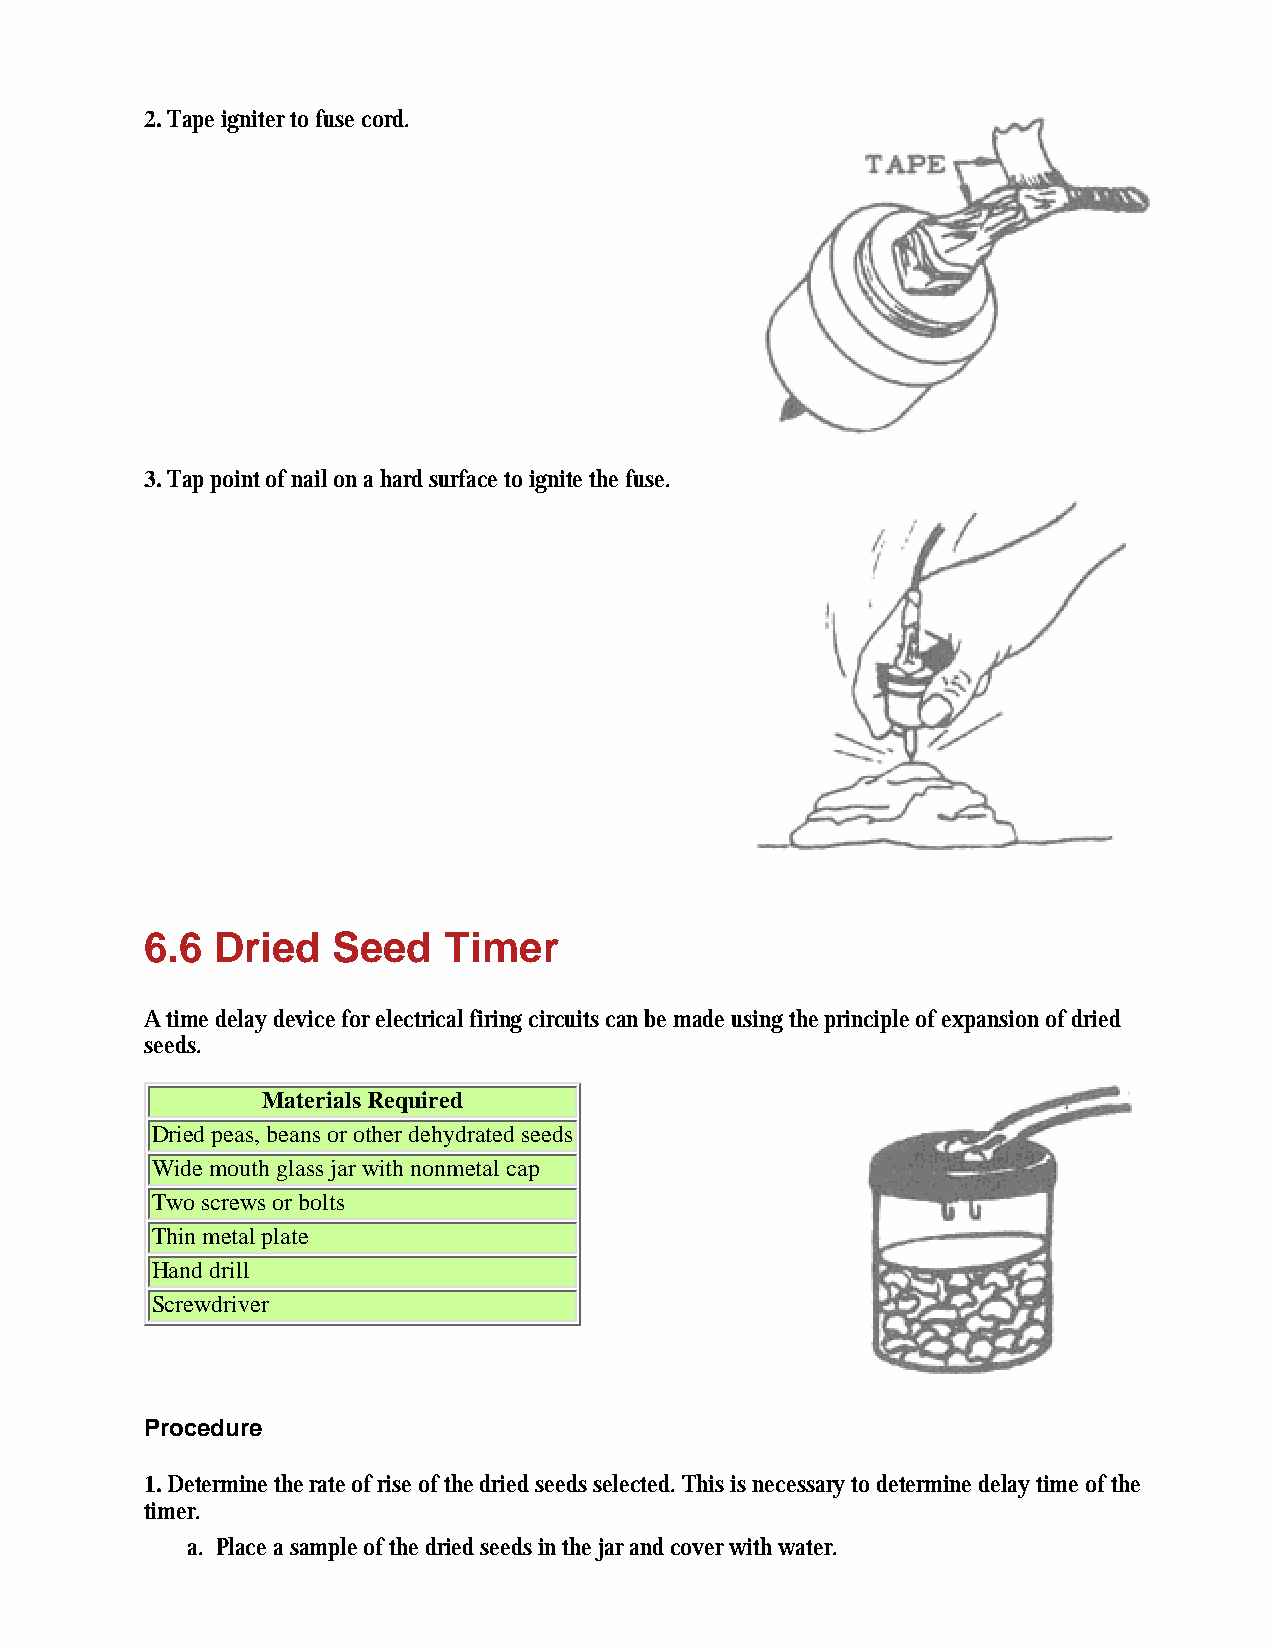
2. Tape igniter to fuse cord.
 3. Tap point of nail on a hard surface to ignite the fuse.
 6.6 Dried   Seed   Timer
 A time delay device for electrical firing circuits can be made using the principle of expansion of dried
 seeds.
 Materials Required
 Dried peas, beans or other dehydrated seeds
 Wide mouth glass jar with nonmetal cap
 Two screws or bolts
 Thin metal plate
 Hand drill
 Screwdriver
 Procedure
 1. Determine the rate of rise of the dried seeds selected. This is necessary to determine delay time of the
 timer.
 a. Place a sample of the dried seeds in the jar and cover with water.